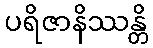
ပရိဇာနိဿန္တိ